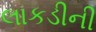
લાકડીની